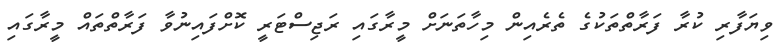
ވިޔަފާރި ކުރާ ފަރާތްތަކުގެ ތެރެއިން މިހާތަނަށް މީރާގައި ރަޖިސްޓަރީ ކޮށްފައިނުވާ ފަރާތްތައް މީރާގައި